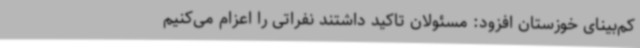
کم‌بینای خوزستان افزود: مسئولان تاکید داشتند نفراتی را اعزام می‌کنیم